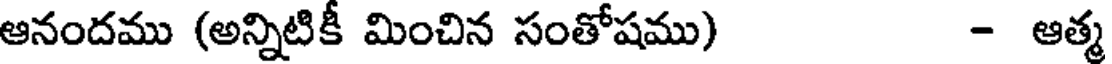
ఆనందము (అన్నిటికీ మించిన సంతోషము) - ఆత్మ